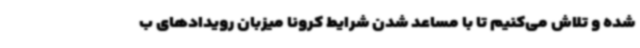
شده و تلاش می‌کنیم تا با مساعد شدن شرایط کرونا میزبان رویدادهای ب